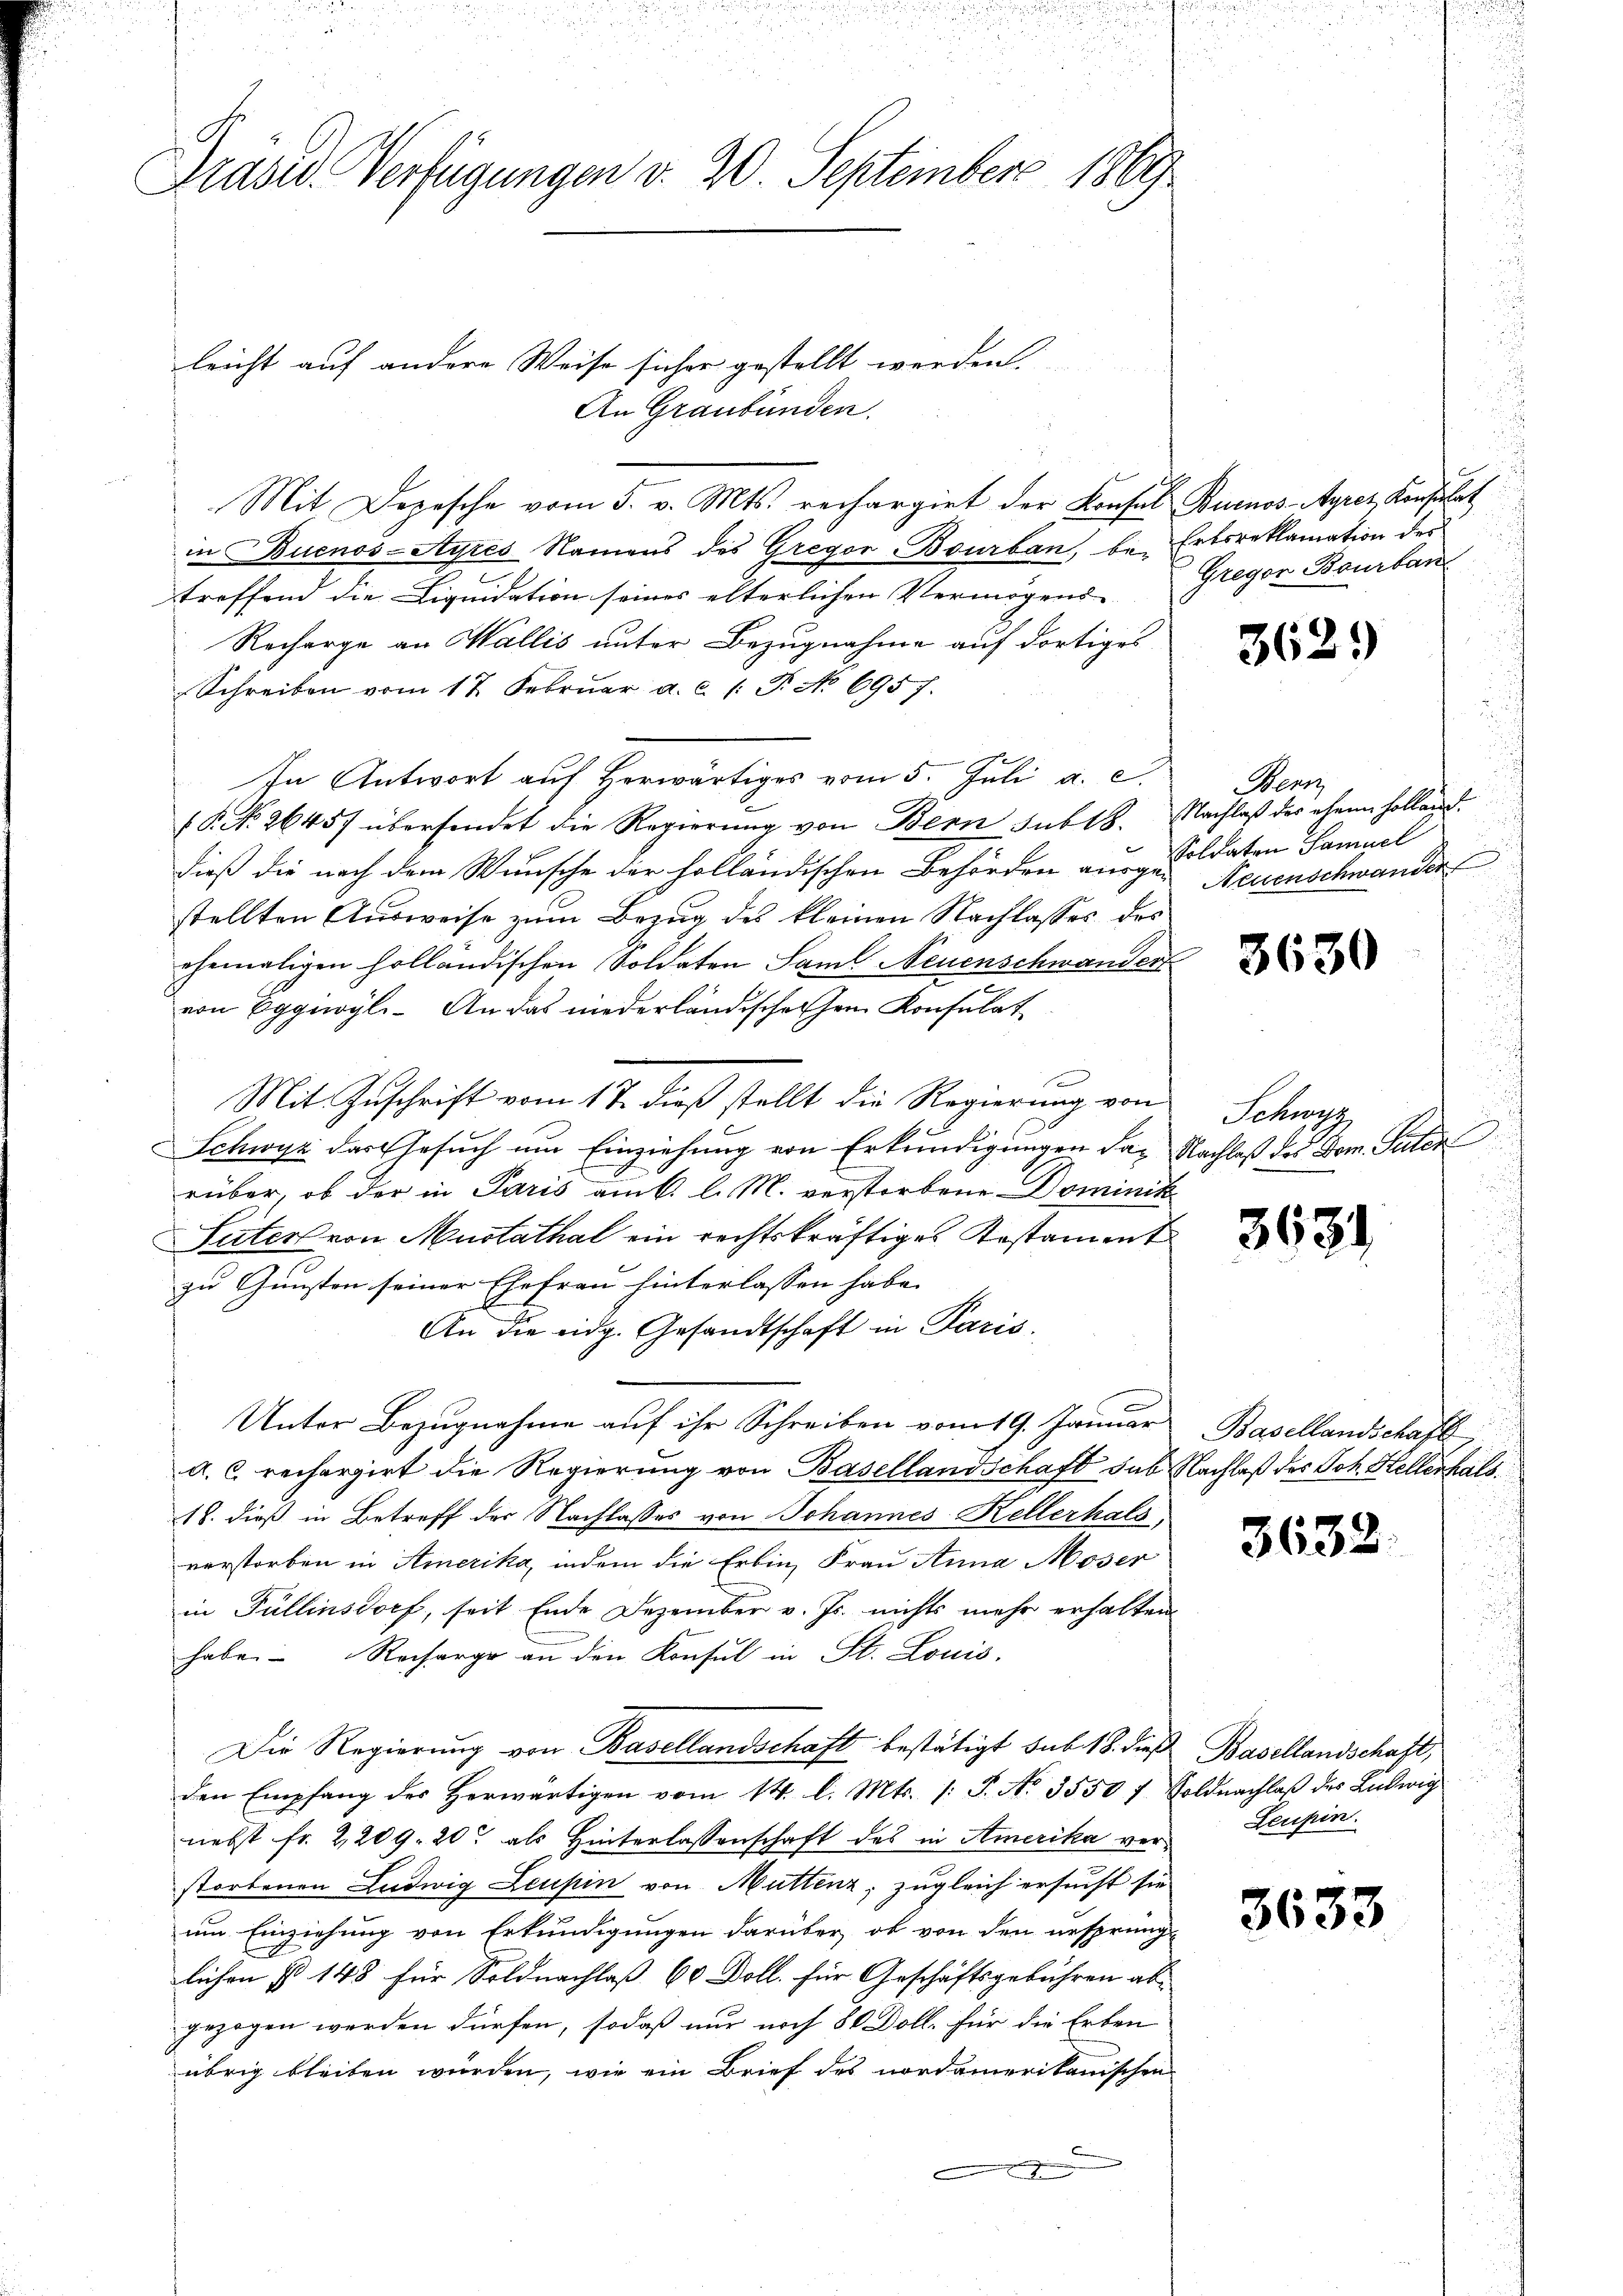
Präsid. Verfügungen v. 20. September 1869

leicht auf andere Weise sicher gestellt werden
An Graubünden.
Mit Depesche vom 5. v. Mts. rechargirt der Konsul Buenos-Ayres Konsulat
in Buenos-Ayres Namens des Gregor-Bourban, be- Erbsreklamation des
treffend die Liquidation seines elterlichen Vermögens-
Recharge an Wallis unter Bezugnahme auf dortiges
Schreiben vom 17. Febrŭar a.c. (T. No 6957.
In Antwort auf herwärtiges vom 5. Juli a. c.
(P. No. 26457 übersendet die Regierŭng von Bern sub 18. Nachlaβ der ehen Holland.
dieß die nach dem Wunsche der holländischen Behörden aus Soldaten Samuel
stellten Ausweise zum Bezug des kleinen Nachlasses des
ehemaligen holländischen Soldaten Saml Neuenschwander
von Eggivyli. An das niederländischehen Konsulat
e
Mit Zuschrift vom 17. dieß stellt die Regierung von
Schwyz das Gesŭch ŭm Einziehŭng von Erkŭndigungen das Nachlaß des Dom. Suter
rüber, ob der in Paris am k. l. M. verstorbene Dominik
Seiter von Mustathal ein rechtskräftiges Kostament
zu Gunsten seiner Ehefrau hinterlassen habe.
An die eidg. Gesandtschaft in Paris.
Unter Bezugnahme auf ihr Schreiben vom 19. Januar
a. C. rechargirt die Regierung von Basellandschaft sub Nachlaß des Joh. Hellerhals,
18. dieß in Betreff der Nachlasses von Johannes Kellerhalb
verstorben in Amerika, indem die Erbin, Frau Anna Moser
in Fullinsdorf, seit Ende Dezember v. Js. nichts mehr erhalten
habe. Recharge an den Konsul in St. Louis
Die Regierung von Basellandschaft bestätigt sub. 18. dieß
den Empfang des herwärtigen vom 14. l. Mts. /: P. No. 3550 f Soldnachlaβ des Ludwig
nebst fr. 2,209. 20. als Hinterlassenschaft des in Amerika verstorbenen Ludwig Leupin von Muttenz; zugleich ersucht sie
um Einziehung von Erkundigungen darüber, ob von den ursprüng-
lichen § 148 für Soldnachlaß 60 Doll. für Geschäftsgebühren ab-
gezogen werden dürfen, sodaß nur noch 80 Doll, für die Erben
übrig bleiben würden, wie ein Brief des nordamerikanischen
g

Gregor Bourban

362.)

Bern
Neuenschwander

3630

Schwyz

3631

Basellandschaft

3632.

Basellandschaft,
Leuzin.

3633